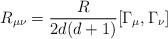
LaTeX: \begin{align*}R_{\mu\nu}=\frac{R}{2d(d+1)}[\Gamma_\mu,\Gamma_\nu]\end{align*}